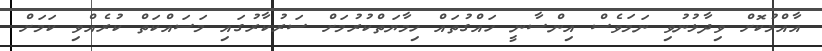
އާއްމުކޮށް ވިދާޅުނުވި ނަމަވެސް އިންސާނީ ހައްގުތައް ހިމާޔަތްކުރުމަށް ސަރުކާރުގައި މަސައްކަތް ކުރެއްވި ކަމަށް